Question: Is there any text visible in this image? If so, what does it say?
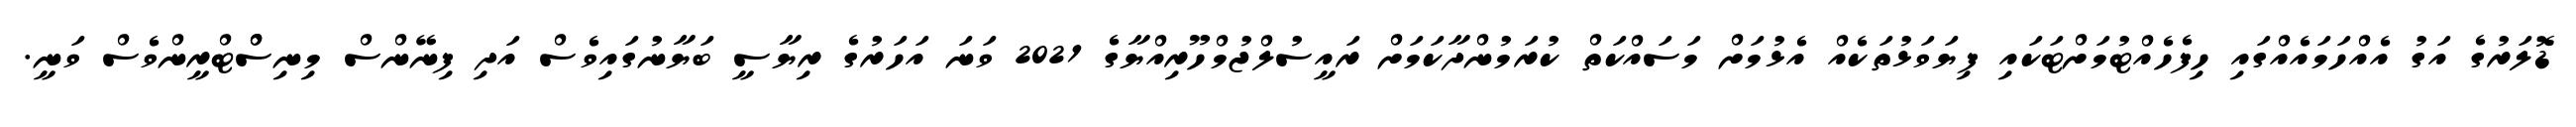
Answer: ޑޮލަރުގެ އަގު އެއްހަމައެއްގައި ހިފެހެއްޓުމަށްޓަކައި ފިޔަވަޅުތަކެއް އެޅުމަށް މަސައްކަތް ކުރަމުންދާކަމަށް ރައީސުލްޖުމްހޫރިއްޔާގެ 2021 ވަނަ އަހަރުގެ ރިޔާސީ ބަޔާނުގައިވެސް އަދި ފިނޭންސް މިނިސްްޓްރީންވެސް ވަނީ.